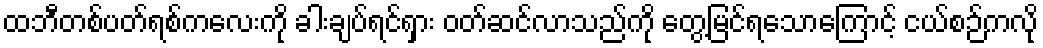
ထဘီတစ်ပတ်ရစ်ကလေးကို ခါးချပ်ရင်ရှား ဝတ်ဆင်လာသည်ကို တွေ့မြင်ရသောကြောင့် ငယ်စဉ်ကလို